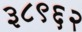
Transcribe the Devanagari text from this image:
३८९६२